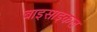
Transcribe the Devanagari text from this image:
बाइसाइकल